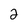
Character: 2